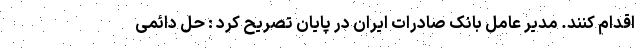
اقدام کنند. مدیر عامل بانک صادرات ایران در پایان تصریح کرد : حل دائمی